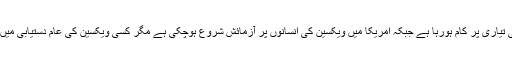
اس کے لیے مختلف ممالک میں ویکسین کی تیاری پر کام ہورہا ہے جبکہ امریکا میں ویکسین کی انسانوں پر آزمائش شروع ہوچکی ہے مگر کسی ویکسین کی عام دستیابی میں ایک سے ڈیڑھ سال کا عرصہ درکار ہوگا۔